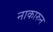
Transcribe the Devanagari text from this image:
नाकारुन